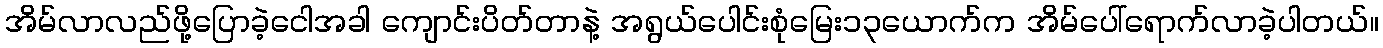
အိမ်လာလည်ဖို့ပြောခဲ့ငေါအခါ ကျောင်းပိတ်တာနဲ့ အရွယ်ပေါင်းစုံမြေး၁၃ယောက်က အိမ်ပေါ်ရောက်လာခဲ့ပါတယ်။